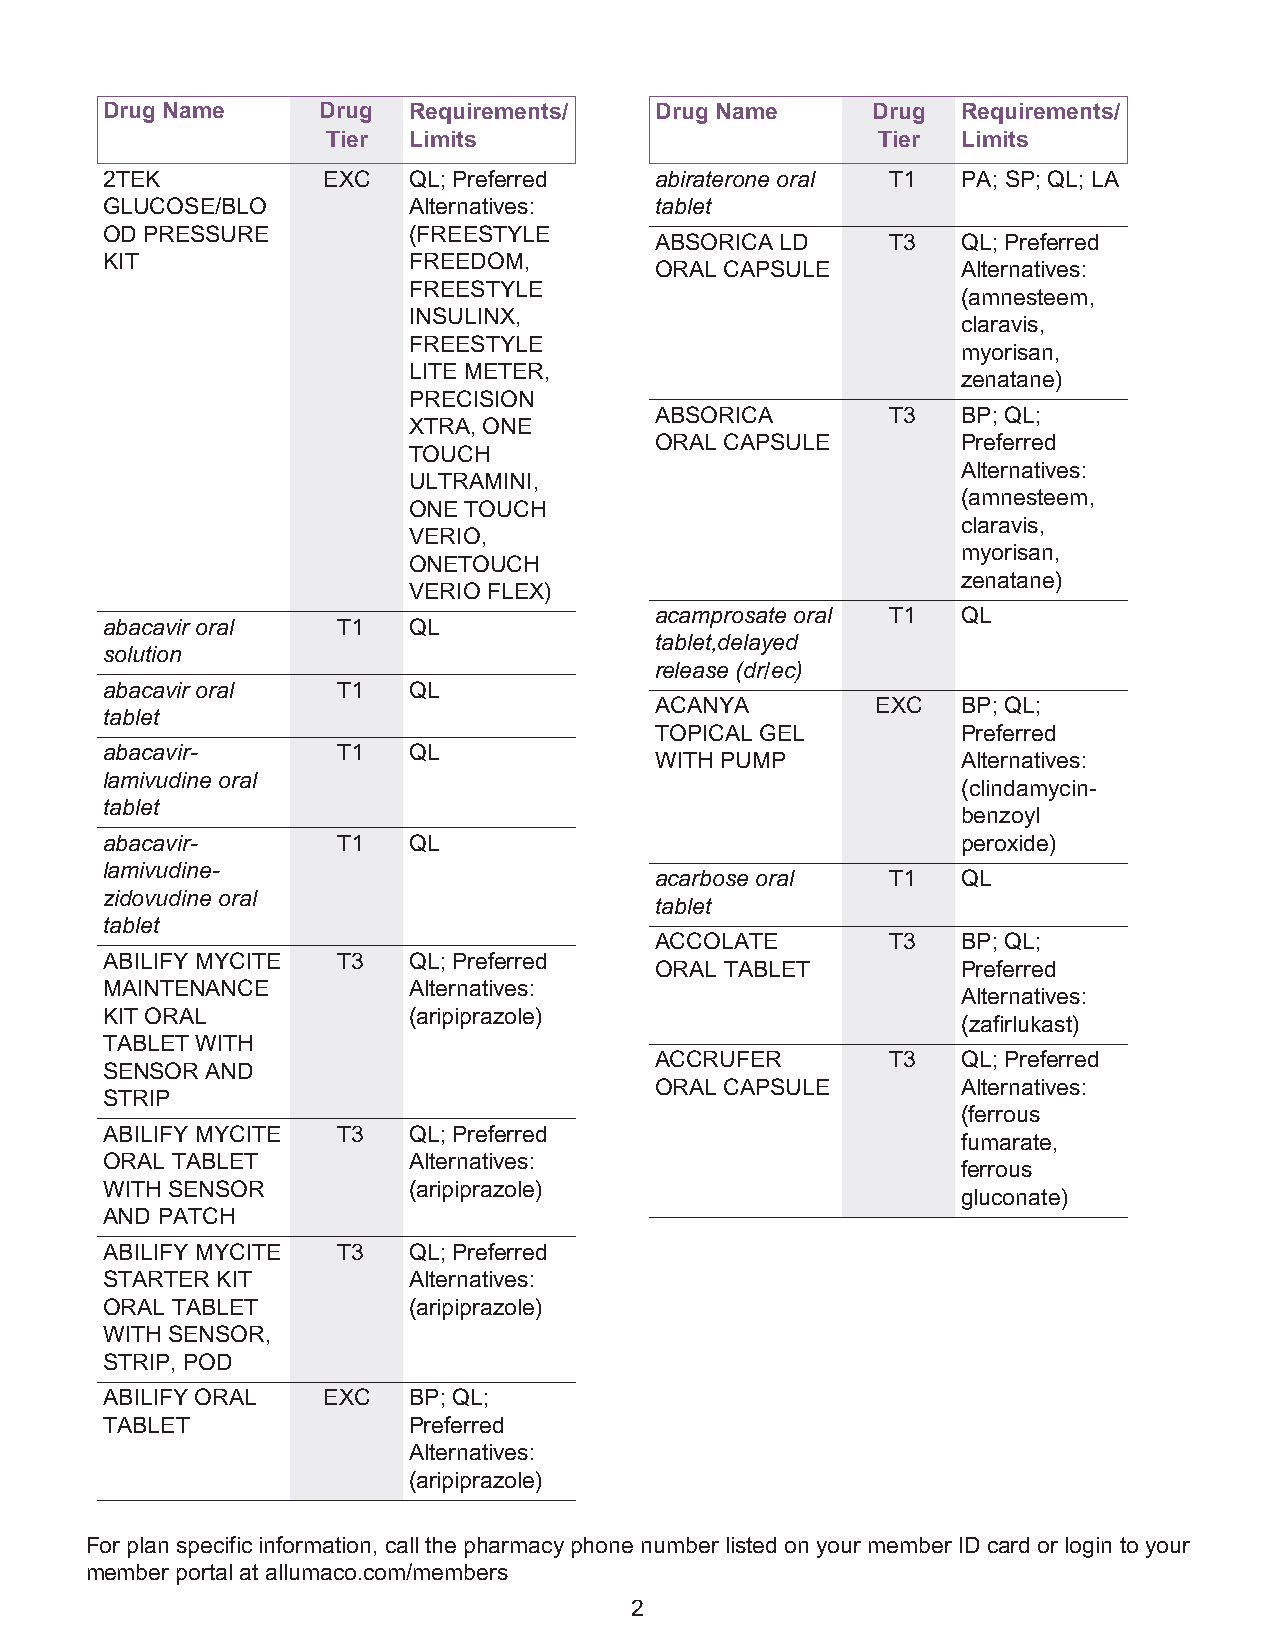
Drug Name     Drug  Requirements/   Drug Name      Drug  Requirements/
 Tier Limits                         Tier  Limits
 2TEK          EXC   QL; Preferred   abiraterone oral T1  PA; SP; QL; LA
 GLUCOSE/BLO         Alternatives:   tablet
 OD PRESSURE         (FREESTYLE
 ABSORICA LD     T3   QL; Preferred
 KIT                 FREEDOM,
 ORAL CAPSULE         Alternatives:
 FREESTYLE
 (amnesteem,
 INSULINX,
 claravis,
 FREESTYLE
 myorisan,
 LITE METER,
 zenatane)
 PRECISION
 ABSORICA        T3   BP; QL;
 XTRA, ONE
 ORAL CAPSULE         Preferred
 TOUCH
 Alternatives:
 ULTRAMINI,
 (amnesteem,
 ONE TOUCH
 claravis,
 VERIO,
 myorisan,
 ONETOUCH
 zenatane)
 VERIO FLEX)
 acamprosate oral T1  QL
 abacavir oral  T1   QL
 tablet,delayed
 solution
 release (dr/ec)
 abacavir oral  T1   QL
 ACANYA         EXC   BP; QL;
 tablet
 TOPICAL GEL          Preferred
 abacavir-      T1   QL
 WITH PUMP            Alternatives:
 lamivudine oral
 (clindamycin-
 tablet
 benzoyl
 abacavir-      T1   QL                                   peroxide)
 lamivudine-
 acarbose oral   T1   QL
 zidovudine oral
 tablet
 tablet
 ACCOLATE        T3   BP; QL;
 ABILIFY MYCITE T3   QL; Preferred
 ORAL TABLET          Preferred
 MAINTENANCE         Alternatives:
 Alternatives:
 KIT ORAL            (aripiprazole)
 (zafirlukast)
 TABLET WITH
 ACCRUFER        T3   QL; Preferred
 SENSOR AND
 ORAL CAPSULE         Alternatives:
 STRIP
 (ferrous
 ABILIFY MYCITE T3   QL; Preferred
 fumarate,
 ORAL TABLET         Alternatives:
 ferrous
 WITH SENSOR         (aripiprazole)
 gluconate)
 AND PATCH
 ABILIFY MYCITE T3   QL; Preferred
 STARTER KIT         Alternatives:
 ORAL TABLET         (aripiprazole)
 WITH SENSOR,
 STRIP, POD
 ABILIFY ORAL  EXC   BP; QL;
 TABLET              Preferred
 Alternatives:
 (aripiprazole)
 For plan specific information, call the pharmacy phone number listed on your member ID card or login to your
 member portal at allumaco.com/members
 2